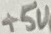
Text: +5V